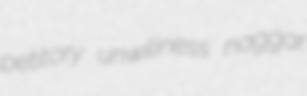
petitory unwiliness naggar